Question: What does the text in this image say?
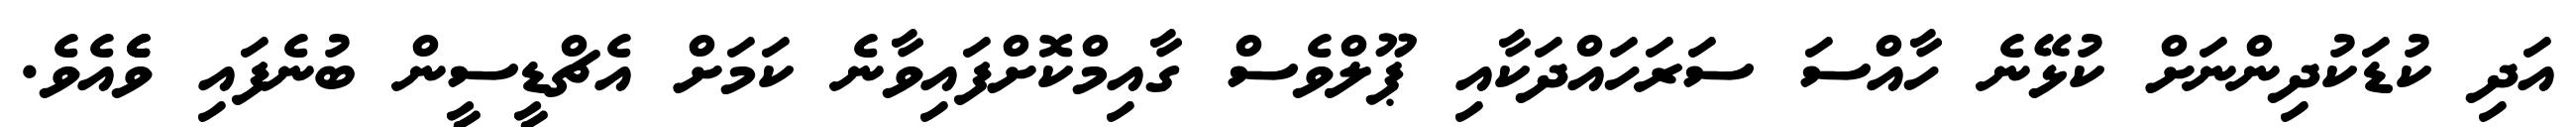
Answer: އަދި ކުޑަކުދިންނަށް ކުޅޭނެ ހާއްސަ ސަރަހައްދަކާއި ޕޫލްވެސް ގާއިމްކޮށްފައިވާނެ ކަމަށް އެޗްޑީސީން ބުނެފައި ވެެެއެވެ.